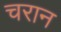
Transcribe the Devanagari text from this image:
चरान